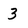
Character: 3